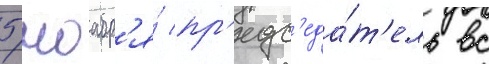
5 ноабр'я́ пр'едс'еда́т'ель вс